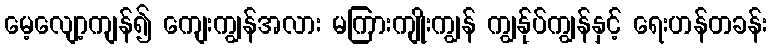
မေ့လျော့ကျန်၍ ကျေးကျွန်အလား မကြားကျိုးကျွန် ကျွန်ုပ်ကျွန်နှင့် ရေးဟန်တခန်း